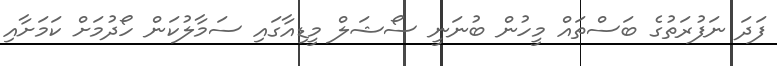
ފަދަ ނަފުރަތުގެ ބަސްތައް މީހުން ބުނަނީ ސޯޝަލް މީޑިއާގައި ސަމާލުކަން ހޯދުމަށް ކަމަށާއި